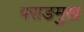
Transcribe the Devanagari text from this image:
पराङमुख